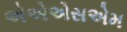
એએએસએમ